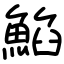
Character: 䱤